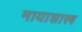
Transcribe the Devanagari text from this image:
मायाशास्त्र